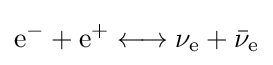
{\text{e}}^{-}+{\text{e}}^{+}\longleftrightarrow \nu _{\text{e}}+{\bar {\nu }}_{\text{e}}